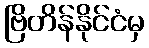
ဗြိတိန်နိုင်ငံမှ